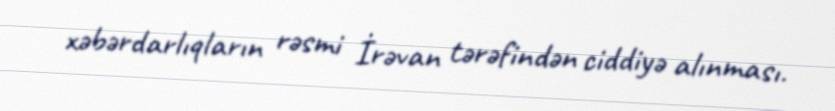
xəbərdarlıqların rəsmi İrəvan tərəfindən ciddiyə alınması.